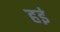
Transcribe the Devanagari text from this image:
हइं